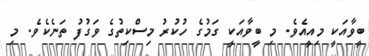
ބީވާއަކީ މިއީއެވެ. މި ބީވާއަކީ ގަމުގެ ހުކުރު މިސްކިތުގެ ވަގުފު ތަނެކެވެ. މި